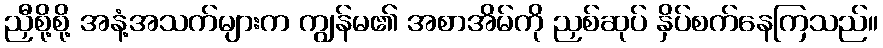
ညှီစို့စို့ အနံ့အသက်များက ကျွန်မ၏ အစာအိမ်ကို ညှစ်ဆုပ် နှိပ်စက်နေကြသည်။